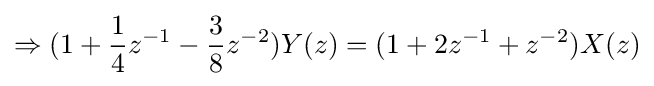
\Rightarrow (1+{\frac {1}{4}}z^{-1}-{\frac {3}{8}}z^{-2})Y(z)=(1+2z^{-1}+z^{-2})X(z)